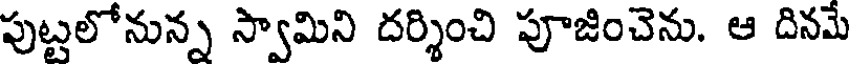
పుట్టలోనున్న స్వామిని దర్శించి పూజించెను. ఆ దినమే